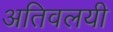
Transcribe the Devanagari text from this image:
अतिवलयी